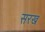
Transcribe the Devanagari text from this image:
सरख